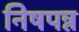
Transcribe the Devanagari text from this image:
निषपन्न